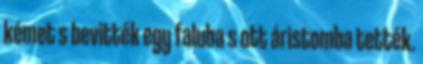
kémet s bevitték egy faluba s ott áristomba tették.